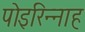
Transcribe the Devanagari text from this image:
पोइरिन्नाह